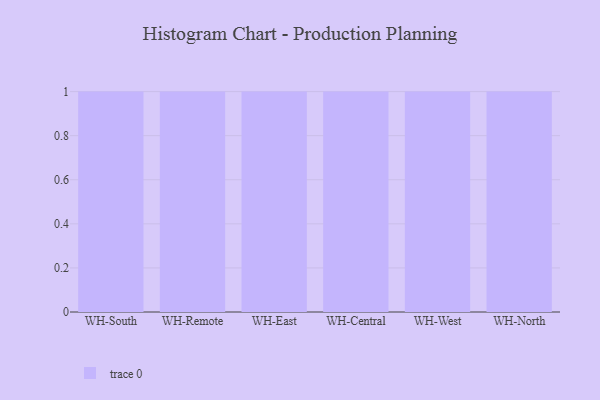
{"axis": {"x": "Warehouse", "y": "Backlog"}, "legend": [""], "data": [{"x": "WH-South", "y": 89, "type": ""}, {"x": "WH-Remote", "y": 80, "type": ""}, {"x": "WH-East", "y": 39, "type": ""}, {"x": "WH-Central", "y": 28, "type": ""}, {"x": "WH-West", "y": 69, "type": ""}, {"x": "WH-North", "y": 51, "type": ""}]}